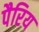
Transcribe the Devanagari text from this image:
पैरिय